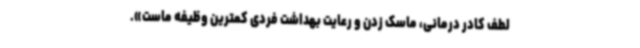
لطف کادر درمانی، ماسک زدن و رعایت بهداشت فردی کمترین وظیفه ماست».